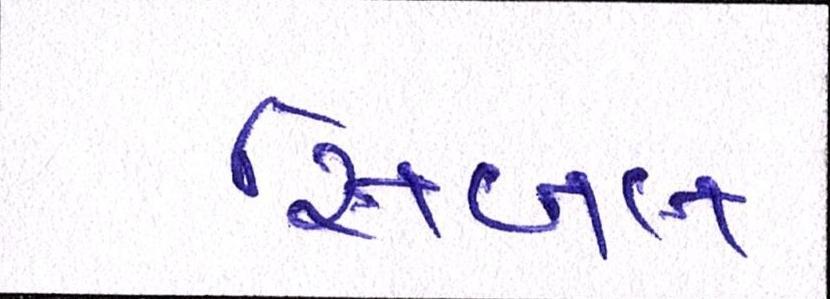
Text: સિબલ